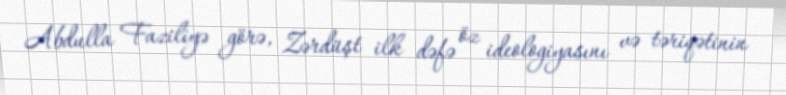
Abdulla Faziliyə görə, Zərdüşt ilk dəfə öz ideologiyasını və təriqətinin